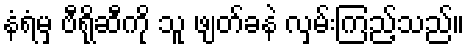
နံရံမှ ဗီရိုဆီကို သူ ဖျတ်ခနဲ လှမ်းကြည့်သည်။